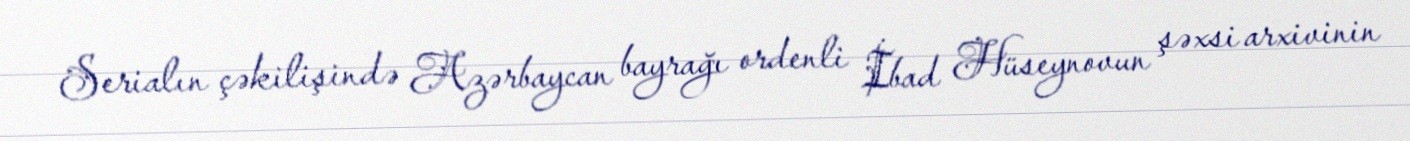
Serialın çəkilişində Azərbaycan bayrağı ordenli İbad Hüseynovun şəxsi arxivinin